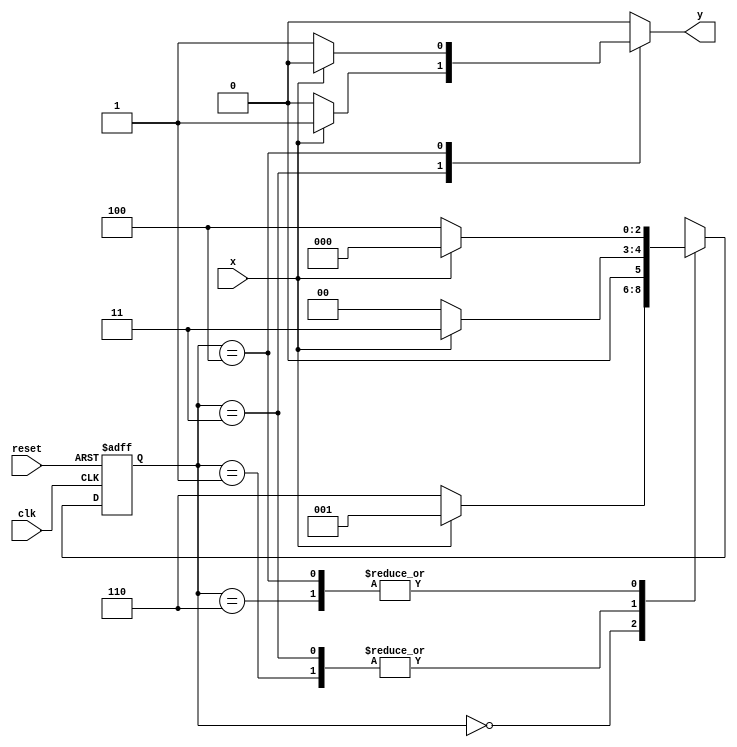
// Nome: Andre Sulivam 391998
// Guia 11 ex05 


`define found    1
`define notfound 0


module exercicio5_seq000_111 ( y, x, clk, reset );

	output y;
	input  x;
	input  clk;
	input  reset;

	reg    y;

	parameter         
		start  = 3'b000,
		id1    = 3'b001,
		id11   = 3'b011,
		id0    = 3'b110,
		id00   = 3'b100;

	reg [2:0] E1;	
		reg [2:0] E2;	

	// next state logic
   always @( x or E1 )
		begin
		y = `notfound;

		case ( E1 )
			start:
				if ( x )
					E2 = id1;
				else
					E2 = id0;
				
			id1:
				if ( x )
					E2 = id11;
				else
					E2 = start;

			id11:
				if ( x )
				begin
					E2 =  id11;
					y  = `found;
				end
				else
				begin
					E2 =  start;
					y  = `notfound;
				end
			
			id0:
				if ( x )
					E2 = start;
				else
					E2 = id00;

			id00:
				if ( x )
				begin
					E2 =  start;
					y  = `notfound;
				end
				else
				begin
					E2 =  id00;
					y  = `found;
				end
	 
			default:  
				E2 =  3'bxxx;
		endcase
	  
		end 
		

	
		always @( posedge clk or negedge reset )
		begin
			if ( reset )
				E1 = E2;    
							else
				E1 = 0;     
		end // always at signal changing

endmodule 

module Exercicio5;
	
	reg   clk, reset, x;
	wire  m1;

	exercicio5_seq000_111 M5 ( m1, x, clk, reset );

	initial
	begin
				 $display("Andre Sulivam 391998");
			$display("Guia 11 Ex:05\n");
		$display("\nTime\tX   Seq 000|111" );


       clk   = 1;
       reset = 0;
       x     = 0;


		#10   reset = 1;
		#10  x = 1;
		#10  x = 0;
		#10  x = 0;
		#10  x = 1;
		#10  x = 0;
		#10  x = 1;
		#10  x = 1;
		#10  x = 1;
		#10  x = 1;
		#10  x = 0;
		#10  x = 1;
		#10  x = 1;
		#10  x = 1;
		#10  x = 0;
		#10  x = 1;
		#10  x = 0;
		#10  x = 0;
		#10  x = 0;
		
		#5 $finish;
	
	end 

	always
		#5 clk = ~clk;

	always @( posedge clk )
	begin
		$display ( "%4d \t%b\t%b", $time, x, m1);
	end

endmodule 

/* 	TESTE



 Andre Sulivam 391998
    Guia 11 Ex:05
    
    
    Time	X   Seq 000|111
      10 	0	0
      20 	1	0
      30 	0	0
      40 	0	0
      50 	1	0
      60 	0	0
      70 	1	0
      80 	1	0
      90 	1	0
     100 	1	1
     110 	0	0
     120 	1	0
     130 	1	0
     140 	1	1
     150 	0	0
     160 	1	0
     170 	0	0
     180 	0	0
     190 	0	0
    
*/